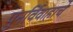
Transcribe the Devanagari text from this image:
पुनर्विवाहाचे